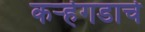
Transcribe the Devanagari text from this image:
कऱ्हेगडाचे